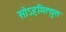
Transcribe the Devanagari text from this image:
सोऽहमित्युत